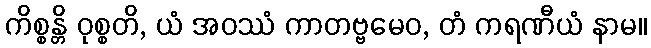
ကိစ္စန္တိ ဝုစ္စတိ, ယံ အဝဿံ ကာတဗ္ဗမေဝ, တံ ကရဏီယံ နာမ။